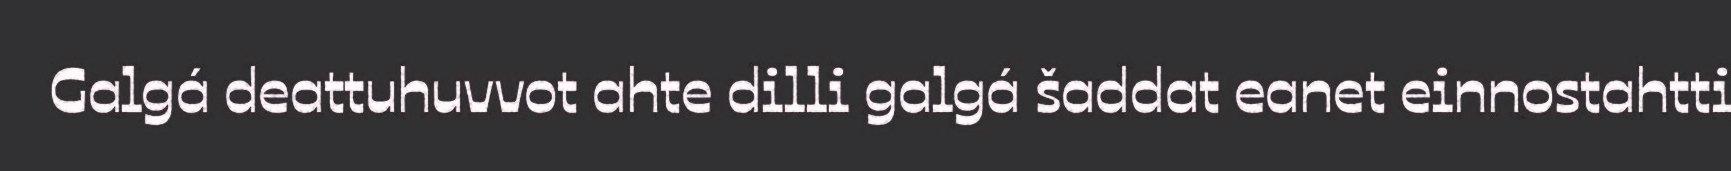
Galgá deattuhuvvot ahte dilli galgá šaddat eanet einnostahtti